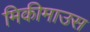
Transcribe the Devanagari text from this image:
मिकीमाउस